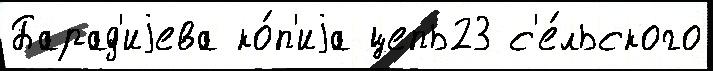
Барад'иjева ко́п'иjа цепь23 с'е́льского